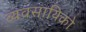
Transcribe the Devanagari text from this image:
व्यवसायिको